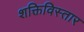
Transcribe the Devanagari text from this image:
शक्तिविस्तार